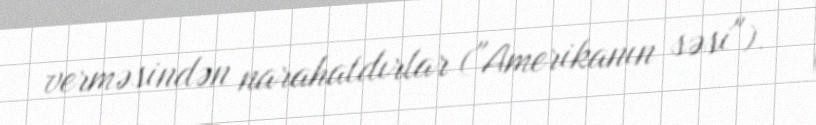
verməsindən narahatdırlar ("Amerikanın səsi").